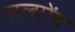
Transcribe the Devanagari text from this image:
सल्मोंद